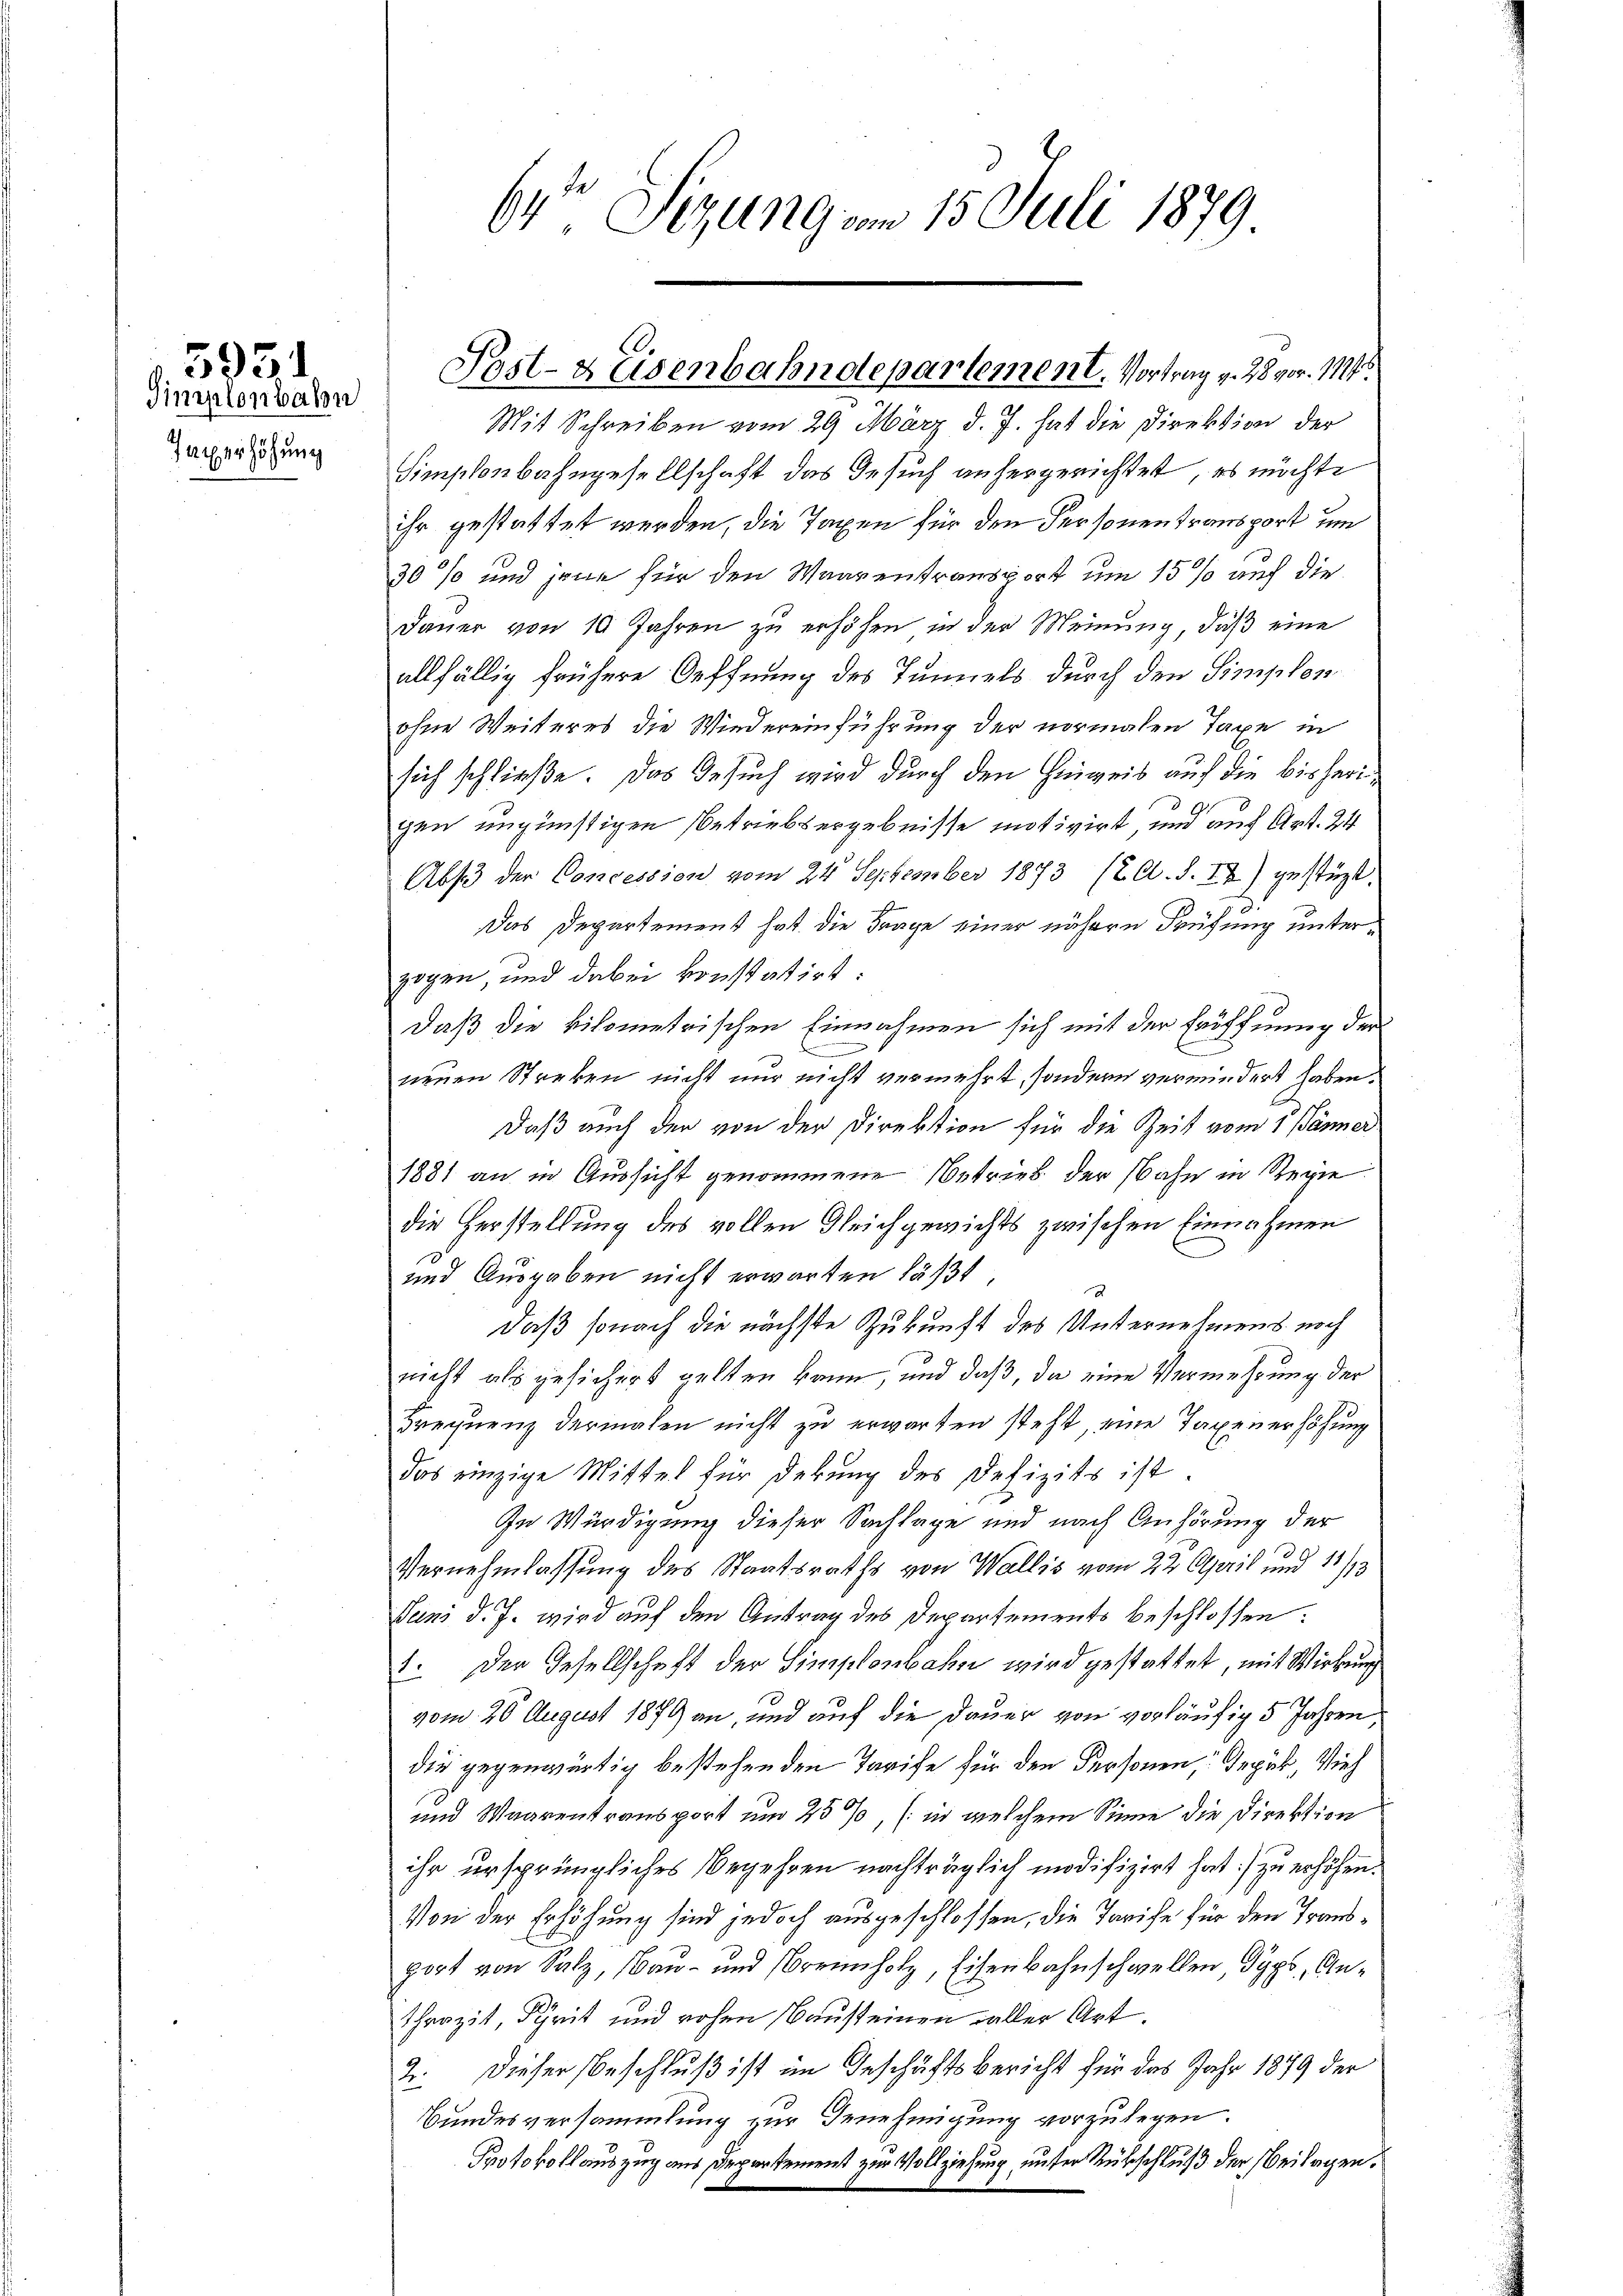
Sinratenbahn
Jaxerhöhung

5951

Mit Schreiben vom 29. März d. J. hat die Direktion der
Hinschenbahngesellschaft das Gesuch anhergerichtet, es möchte
ihr gestattet werden, die Taxen für den Personen transport um
30% und jene für den Waarentransport um 15 % auf die
Dauer von 10 Jahren zu erhöhen in der Meinung, daß eine
allfällig frühere Oeffnung des Tunnels durch den Simplonohne Weiteres die Wiedereinführung der normalen Taxe in
sich schließe. Das Gesuch wird durch den Hinweis auf die bisherigen ungünstigen Betriebsergebnisse motivirt, und auf Art. 24
Abs der Concession vom 24. September 1873 (2. A. S. IX.) gestüzt.
Das Departement hat die Frage einer nähern Prüfung unterzogen, und dabei konstatirt:
daß die kilometrischen Einnahmen sich mit der Eröffnung der
.
neuen Streken nicht nur nicht vermehrt, sondern vermindert haben.
Daß auch der von der Direktion für die Zeit vom 1. Jänner
1881 an in Aussicht genommene Betrieb der Bahn in Regie
die Herstellung des vollen Gleichgewichts zwischen Einnahmen
und Ausgaben nicht erwarten läßt.
daß sonach die nächste Zukunft des Unternehmens noch
nicht als gesichert gelten kann, und daß, da eine Vermehrung der
drequenz dermalen nicht zu erwarten steht, eine Taxenerhöhung
das einzige Mittel für Debung des Defizits ist.
In Würdigung dieser Sachlage und nach Anhörung der
Vernehmlassung des Staatsraths von Wallis vom 22. April und 14/13
Juni d. J. wird auf den Antrag des Departements beschlossen:
1. Der Gesellschaft der Simplenbahn wird gestattet, mit Wirkung
vom 20. August 1879 an, und auf die Dauer von vorläufig 5 Jahren,
die gegenwärtig bestehenden Tarife für den Personen, Gepäk, Vieh
und Waarentransport um 25%, (in welchem Sinne die Direktion
ihr ursprüngliches Begehren nachträglich modifizirt hat) zu erhöhen.
Von der Erhöhung sind jedoch ausgeschlossen, die Tarife für den Transport von Salz, Bau- und reinholz, Eisenbahnschwellen, Typs, Anthrazit, Schrit und rohen Bausteinen aller Art.
2. Dieser Beschluß ist im Geschäftsbericht für das Jahr 1879 der
Bundesversammlung zur Genehmigung vorzulegen.
Protokollauszug aus Departement zur Vollziehung unter Rühschluß der Beilagen.

61 Sizung am 15. Juli 1879

Post- & Eisenbahndepartement. Vortrag v. 28 vor 1114.